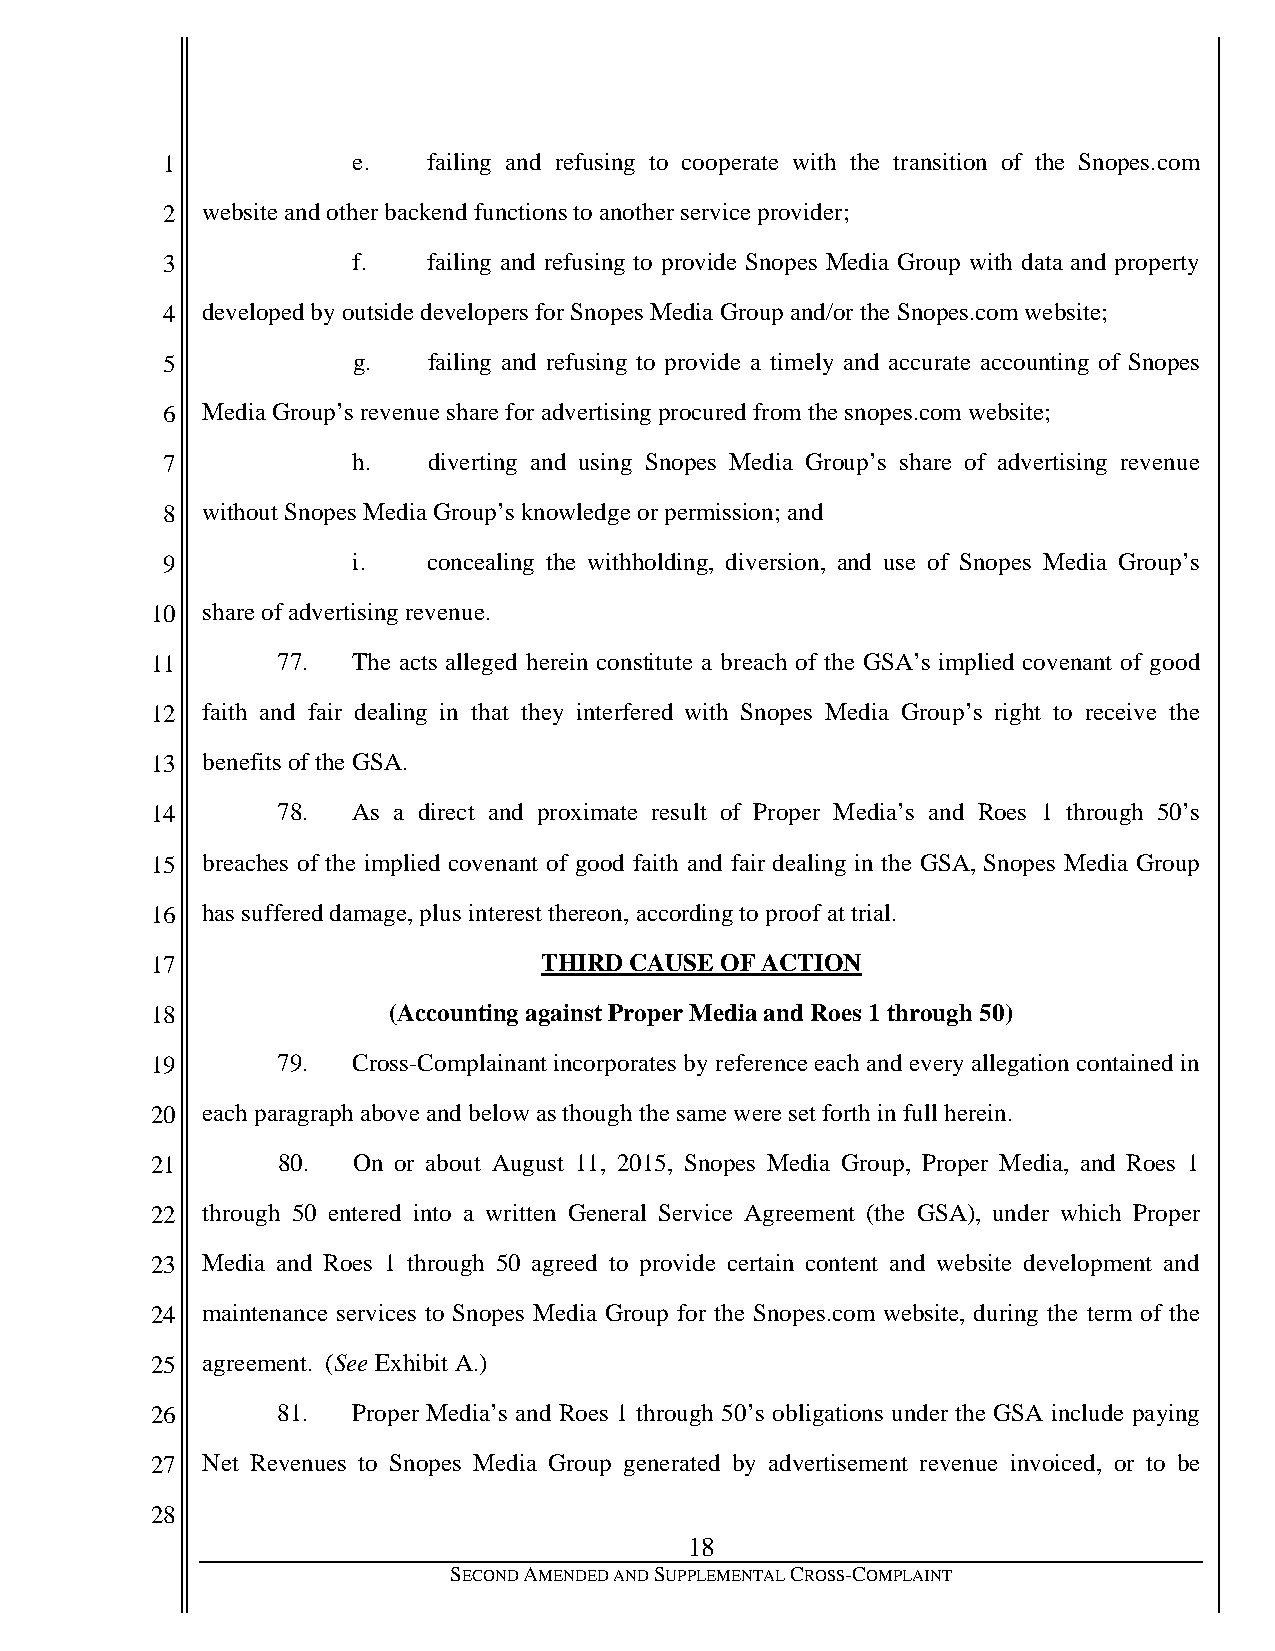
1           e.   failing and refusing to cooperate with the transition of the Snopes.com
 2 website and other backend functions to another service provider;
 3           f.   failing and refusing to provide Snopes Media Group with data and property
 4 developed by outside developers for Snopes Media Group and/or the Snopes.com website;
 5           g.   failing and refusing to provide a timely and accurate accounting of Snopes
 6 Media Group’s revenue share for advertising procured from the snopes.com website;
 7           h.   diverting and using Snopes Media Group’s share of advertising revenue
 8 without Snopes Media Group’s knowledge or permission; and
 9           i.   concealing the withholding, diversion, and use of Snopes Media Group’s
 10 share of advertising revenue.
 11      77.  The acts alleged herein constitute a breach of the GSA’s implied covenant of good
 12 faith and fair dealing in that they interfered with Snopes Media Group’s right to receive the
 13 benefits of the GSA.
 14      78.  As a direct and proximate result of Proper Media’s and Roes 1 through 50’s
 15 breaches of the implied covenant of good faith and fair dealing in the GSA, Snopes Media Group
 16 has suffered damage, plus interest thereon, according to proof at trial.
 17                        THIRD CAUSE OF ACTION
 18              (Accounting against Proper Media and Roes 1 through 50)
 19      79.  Cross-Complainant incorporates by reference each and every allegation contained in
 20 each paragraph above and below as though the same were set forth in full herein.
 21      80.  On or about August 11, 2015, Snopes Media Group, Proper Media, and Roes 1
 22 through 50 entered into a written General Service Agreement (the GSA), under which Proper
 23 Media and Roes 1 through 50 agreed to provide certain content and website development and
 24 maintenance services to Snopes Media Group for the Snopes.com website, during the term of the
 25 agreement. (See Exhibit A.)
 26      81.  Proper Media’s and Roes 1 through 50’s obligations under the GSA include paying
 27 Net Revenues to Snopes Media Group generated by advertisement revenue invoiced, or to be
 28
 18
 SECOND AMENDED AND SUPPLEMENTAL CROSS-COMPLAINT